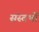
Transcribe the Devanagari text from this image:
संस्तभों